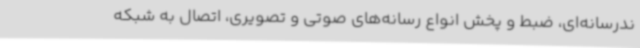
ندرسانه‌ای، ضبط و پخش انواع رسانه‌های صوتی و تصویری، اتصال به شبکه